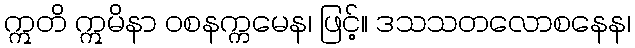
ဣတိ ဣမိနာ ဝစနက္ကမေန၊ ဖြင့်။ ဒသသတလောစနေန၊